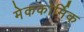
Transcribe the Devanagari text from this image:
मेककोर्मिक